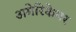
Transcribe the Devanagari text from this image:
अमेरिकेभर